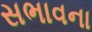
સભાવના